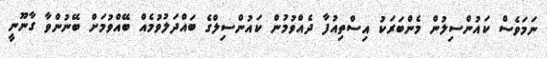
ނަމަވެސް ކައުންސިލުން މެންބަރަކު އިސްތިއުފާ ދެއްވުމުން ކައުންސިލްގެ ބައްދަލުވުމެއް ބޭއްވުމަށް ބޭނުންވާ ގާނޫނީ